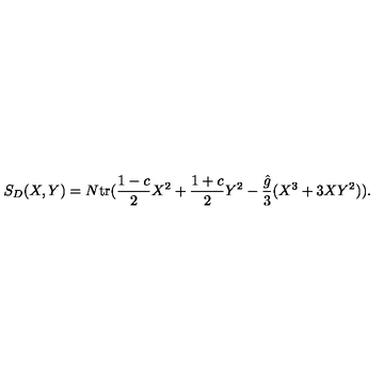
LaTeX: S _ { D } ( X , Y ) = N \mathrm { t r } ( { \frac { 1 - c } { 2 } } X ^ { 2 } + { \frac { 1 + c } { 2 } } Y ^ { 2 } - { \frac { \hat { g } } { 3 } } ( X ^ { 3 } + 3 X Y ^ { 2 } ) ) .